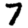
Digit: 7